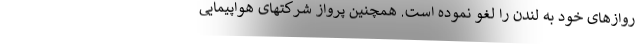
روازهای خود به لندن را لغو نموده است. همچنین پرواز شرکتهای هواپیمایی